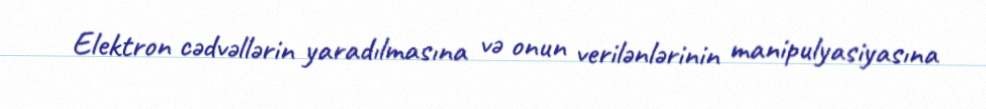
Elektron cədvəllərin yaradılmasına və onun verilənlərinin manipulyasiyasına